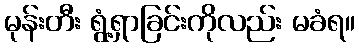
မုန်းတီး ရွံ့ရှာခြင်းကိုလည်း မခံရ။